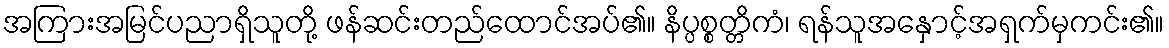
အကြားအမြင်ပညာရှိသူတို့ ဖန်ဆင်းတည်ထောင်အပ်၏။ နိပ္ပစ္စတ္တိကံ၊ ရန်သူအနှောင့်အရှက်မှကင်း၏။